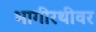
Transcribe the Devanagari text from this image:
भागीरथीवर